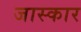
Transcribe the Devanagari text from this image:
जास्कार